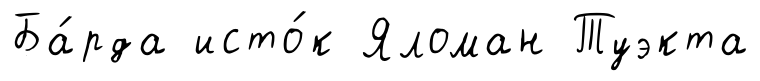
Ба́рда исто́к Яломан Туэкта